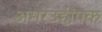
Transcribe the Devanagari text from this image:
अमरउद्दीपक